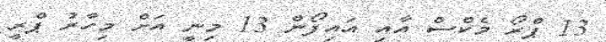
13 ޕްރޯ މެކްސް އާއި އައިފޯން 13 މިނީ އަށް މިހާރު ޕްރީ